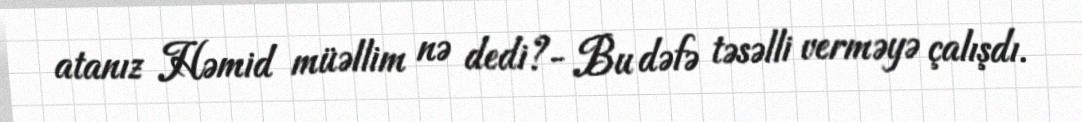
atanız Həmid müəllim nə dedi?- Bu dəfə təsəlli verməyə çalışdı.